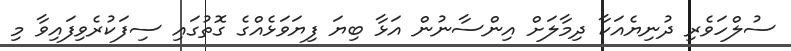
ސުލްހަވެރި ދުނިޔެއަކާ ދިމާލަށް އިންސާނުން އަޅާ ބިޔަ ފިޔަވަޅެއްގެ ގޮތުގައި ސިފަކުރެވިފައިވާ މި